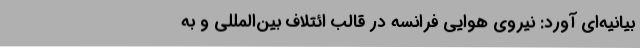
بیانیه‌ای آورد: نیروی هوایی فرانسه در قالب ائتلاف بین‌المللی و به